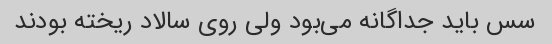
سس باید جداگانه می‌بود ولی روی سالاد ریخته بودند